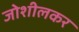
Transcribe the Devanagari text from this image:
जोशीलकर